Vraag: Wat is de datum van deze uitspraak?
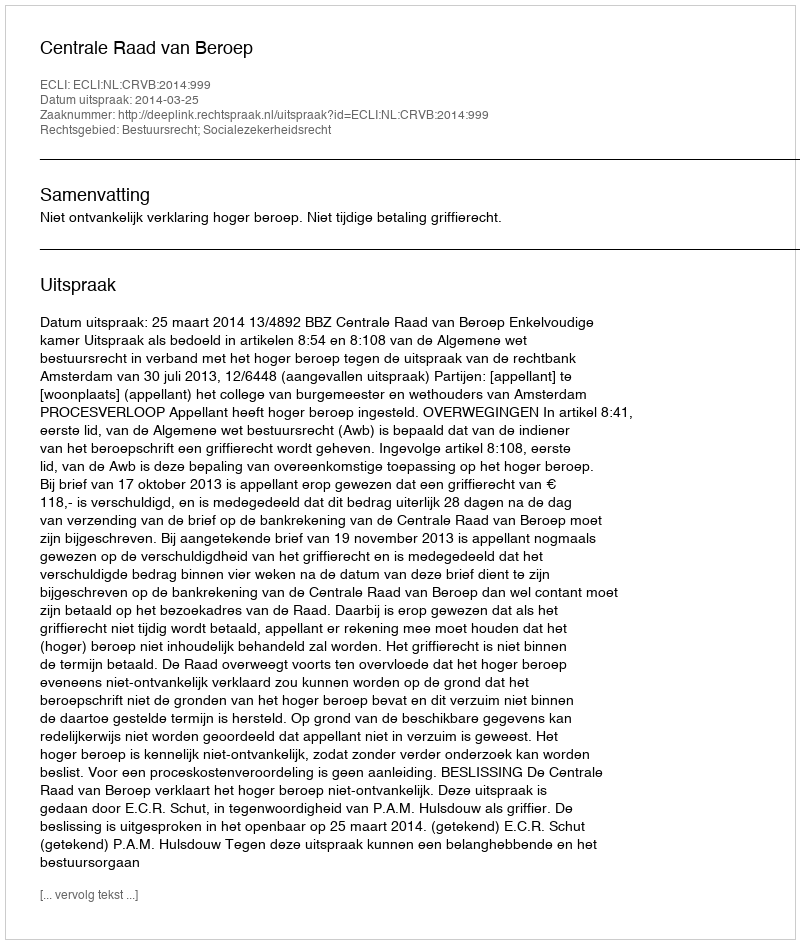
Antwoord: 2014-03-25